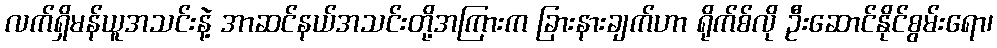
လက်ရှိမန်ယူအသင်းနဲ့ အာဆင်နယ်အသင်းတို့အကြားက ခြားနားချက်ဟာ ရိုက်စ်လို ဦးဆောင်နိုင်စွမ်းရော၊